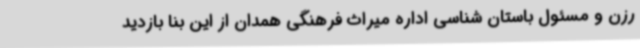
رزن و مسئول باستان شناسی اداره میراث فرهنگی همدان از این بنا بازدید